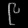
Digit: ၉